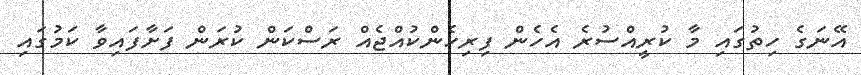
އޭނަގެ ހިތުގައި މާ ކުރީއްސުރެ އެހެން ފިރިހެންކުއްޖެއް ރަސްކަން ކުރަން ފަށާފައިވާ ކަމުގައި